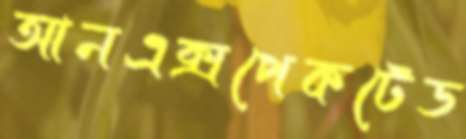
আনএক্সপেকটেড